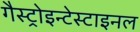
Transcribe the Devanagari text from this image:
गैस्ट्रोइन्टेस्टाइनल